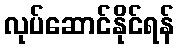
လုပ်ဆောင်နိုင်ရန်